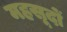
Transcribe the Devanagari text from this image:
महसूदों